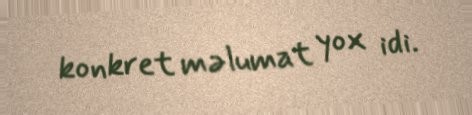
konkret məlumat yox idi.